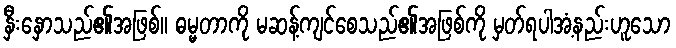
နှီးနှောသည်၏အဖြစ်။ ဓမ္မတာကို မဆန့်ကျင်စေသည်၏အဖြစ်ကို မှတ်ရပါအံ့နည်းဟူသော